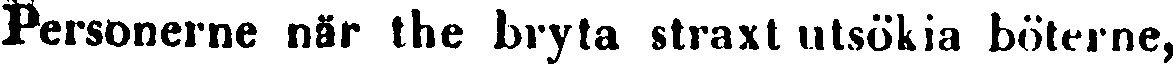
Personerne när the bryta straxt utsökia böterne,